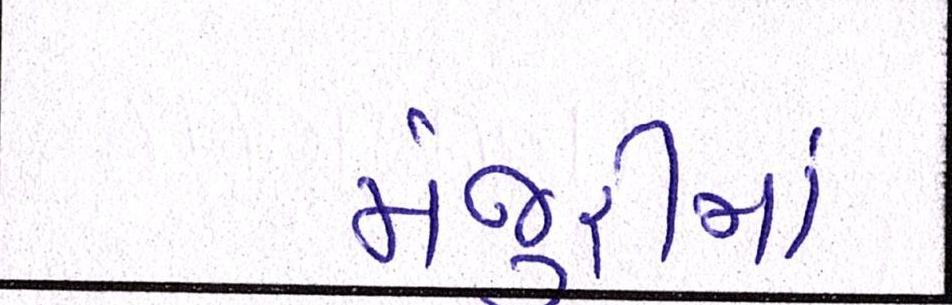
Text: મંજૂરીમાં